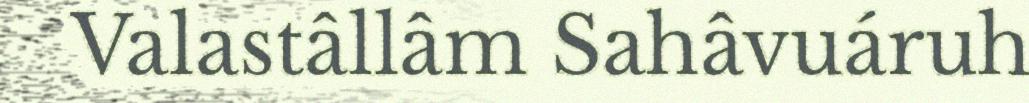
Valastâllâm Sahâvuáruh